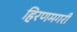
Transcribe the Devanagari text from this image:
हिरणमगरी